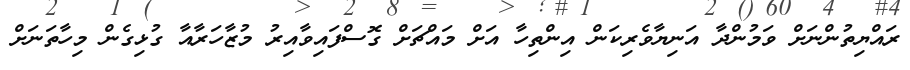
ރައްޔިތުންނަށް ވަމުންދާ އަނިޔާވެރިކަން އިންތިހާ އަށް މައްޗަށް ގޮސްފައިވާއިރު މުޒާހަރާއާ ގުޅިގެން މިހާތަނަށް